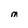
Character: M